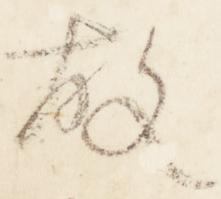
故